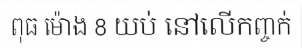
ពុធ ម៉ោង 8 យប់ នៅលើកញ្ចក់